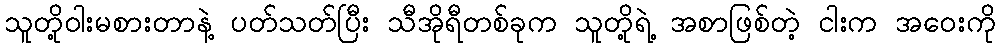
သူတို့ဝါးမစားတာနဲ့ ပတ်သတ်ပြီး သီအိုရီတစ်ခုက သူတို့ရဲ့ အစာဖြစ်တဲ့ ငါးက အဝေးကို